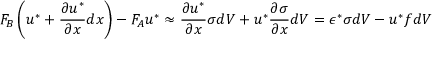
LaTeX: F _ { B } \left( u ^ { * } + { \frac { \partial u ^ { * } } { \partial x } } d x \right) - F _ { A } u ^ { * } \approx { \frac { \partial u ^ { * } } { \partial x } } \sigma d V + u ^ { * } { \frac { \partial \sigma } { \partial x } } d V = \epsilon ^ { * } \sigma d V - u ^ { * } f d V